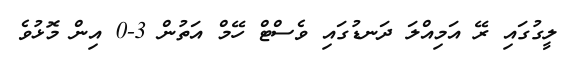
ލީގުގައި ރޭ އަމިއްލަ ދަނޑުގައި ވެސްޓް ހޭމް އަތުން 3-0 އިން މޮޅުވެ